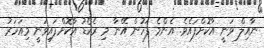
ނާއިލް ވަނީ އާކޮށްފައެވެ. އެންމެ ފަހުން އޭނާ މި ރެކޯޑު އާކޮށްފައިވަނީ މިއަހަރު